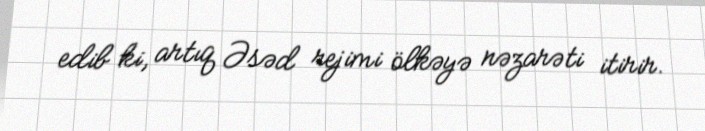
edib ki, artıq Əsəd rejimi ölkəyə nəzarəti itirir.